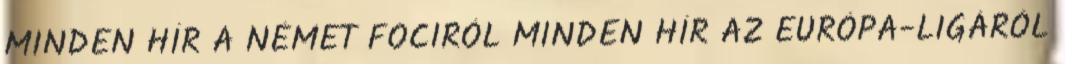
MINDEN HÍR A NÉMET FOCIRÓL MINDEN HÍR AZ EURÓPA-LIGÁRÓL